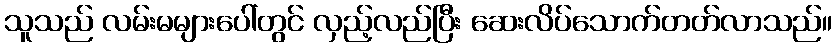
သူသည် လမ်းမများပေါ်တွင် လှည့်လည်ပြီး ဆေးလိပ်သောက်တတ်လာသည်။